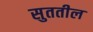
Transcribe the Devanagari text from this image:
सुततील